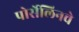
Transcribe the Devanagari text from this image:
पोर्सेलिनचे